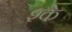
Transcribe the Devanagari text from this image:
श्के